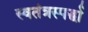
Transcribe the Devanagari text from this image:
स्वतंत्रस्पर्द्धा